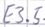
Text: E3.5